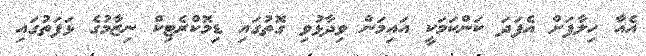
އެއާ ހިލާފަށް އެފަދަ ކަންކަމަކީ އައިމަން ވިދާޅުވި ގޮތުގައި ޑިމޮކްރެޓިކް ނިޒާމުގެ ޅަފަތުގައި